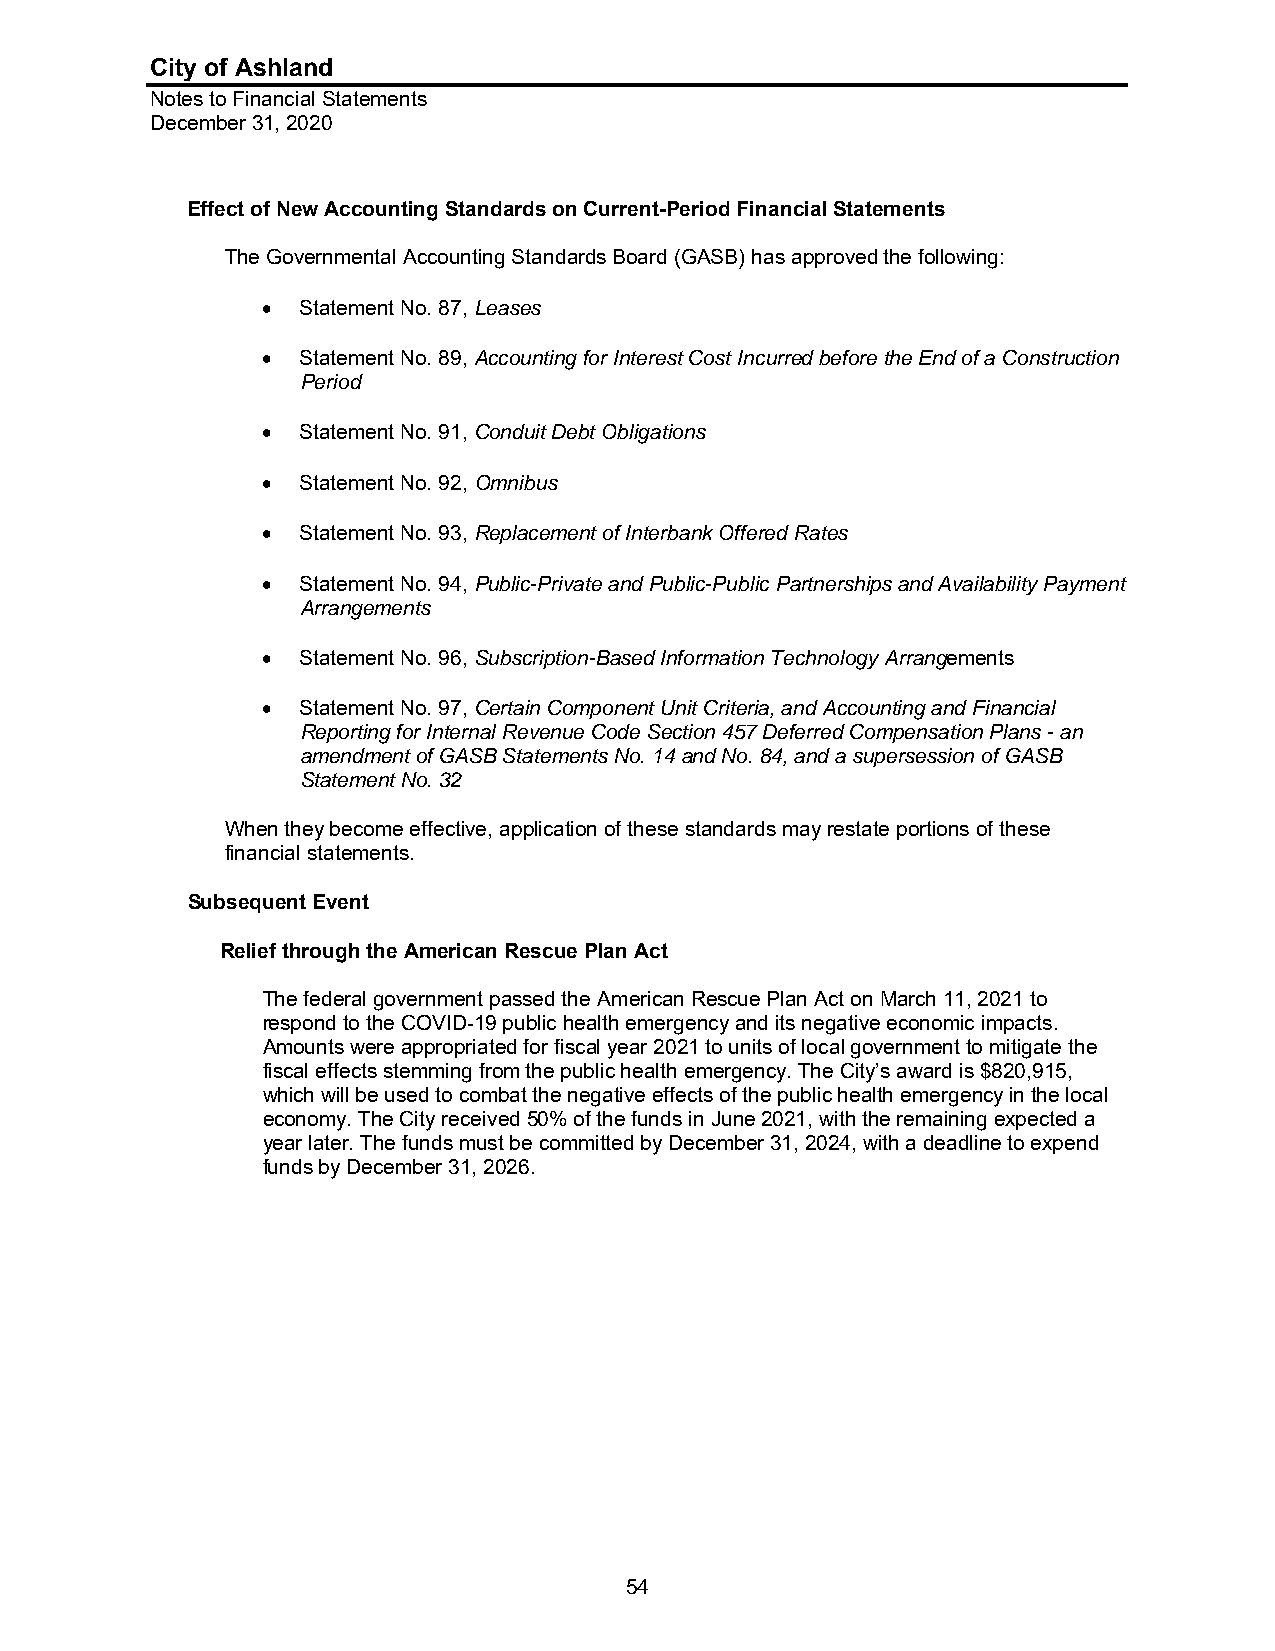
City of Ashland
 Notes to Financial Statements
 December 31, 2020
 Effect of New Accounting Standards on Current-Period Financial Statements
 The Governmental Accounting Standards Board (GASB) has approved the following:
   Statement No. 87, Leases
   Statement No. 89, Accounting for Interest Cost Incurred before the End of a Construction
 Period
   Statement No. 91, Conduit Debt Obligations
   Statement No. 92, Omnibus
   Statement No. 93, Replacement of Interbank Offered Rates
   Statement No. 94, Public-Private and Public-Public Partnerships and Availability Payment
 Arrangements
   Statement No. 96, Subscription-Based Information Technology Arrangements
   Statement No. 97, Certain Component Unit Criteria, and Accounting and Financial
 Reporting for Internal Revenue Code Section 457 Deferred Compensation Plans - an
 amendment of GASB Statements No. 14 and No. 84, and a supersession of GASB
 Statement No. 32
 When they become effective, application of these standards may restate portions of these
 financial statements.
 Subsequent Event
 Relief through the American Rescue Plan Act
 The federal government passed the American Rescue Plan Act on March 11, 2021 to
 respond to the COVID-19 public health emergency and its negative economic impacts.
 Amounts were appropriated for fiscal year 2021 to units of local government to mitigate the
 fiscal effects stemming from the public health emergency. The City’s award is $820,915,
 which will be used to combat the negative effects of the public health emergency in the local
 economy. The City received 50% of the funds in June 2021, with the remaining expected a
 year later. The funds must be committed by December 31, 2024, with a deadline to expend
 funds by December 31, 2026.
 54